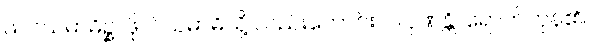
ဖလသမာဓိဉ္စ၊ ဖိုလ်သမာဓိသို့ လည်းကောင်း။ ပါပုဏန္တိ၊ ရောက်ကုန်၏။